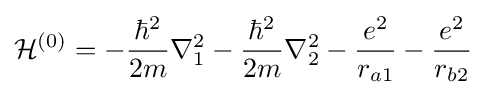
{\mathcal {H}}^{(0)}=-{\frac {\hbar ^{2}}{2m}}\nabla _{1}^{2}-{\frac {\hbar ^{2}}{2m}}\nabla _{2}^{2}-{\frac {e^{2}}{r_{a1}}}-{\frac {e^{2}}{r_{b2}}}